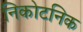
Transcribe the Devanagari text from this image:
निकोटनिक